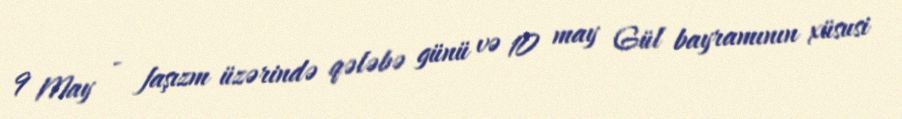
9 May - faşızm üzərində qələbə günü və 10 may Gül bayramının xüsusi